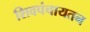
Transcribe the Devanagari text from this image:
शिवपंचायतन